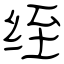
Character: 绖